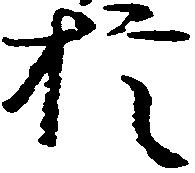
於